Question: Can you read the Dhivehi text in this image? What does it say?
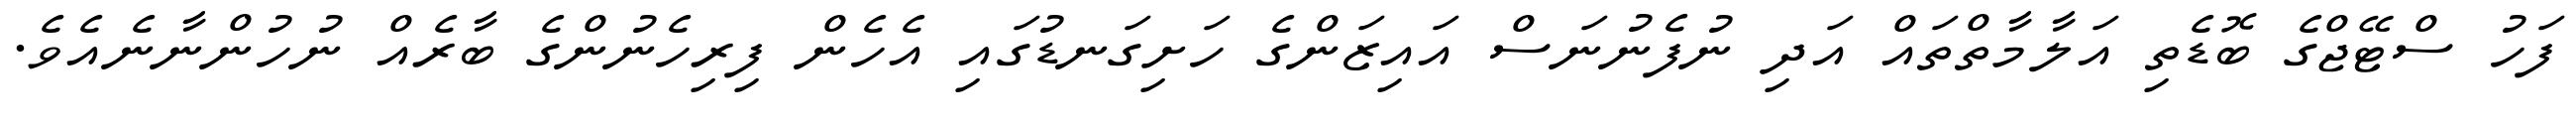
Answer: ފަހު ސްޓޭޖްގެ ބޮޑެތި އަލާމާތްތައް އަދި ނުފެނުނަސް އައިޒަންގެ ހަށިގަނޑުގައި އެހެން ފިރިހެނުންގެ ބާރެއް ނުހުންނާނެއެވެ.